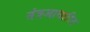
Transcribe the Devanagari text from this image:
तंत्रआधारित